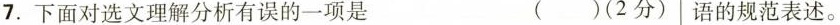
7.下面对选文理解分析有误的一项是 ( )(2分) 语的规范表述。